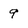
Character: 9